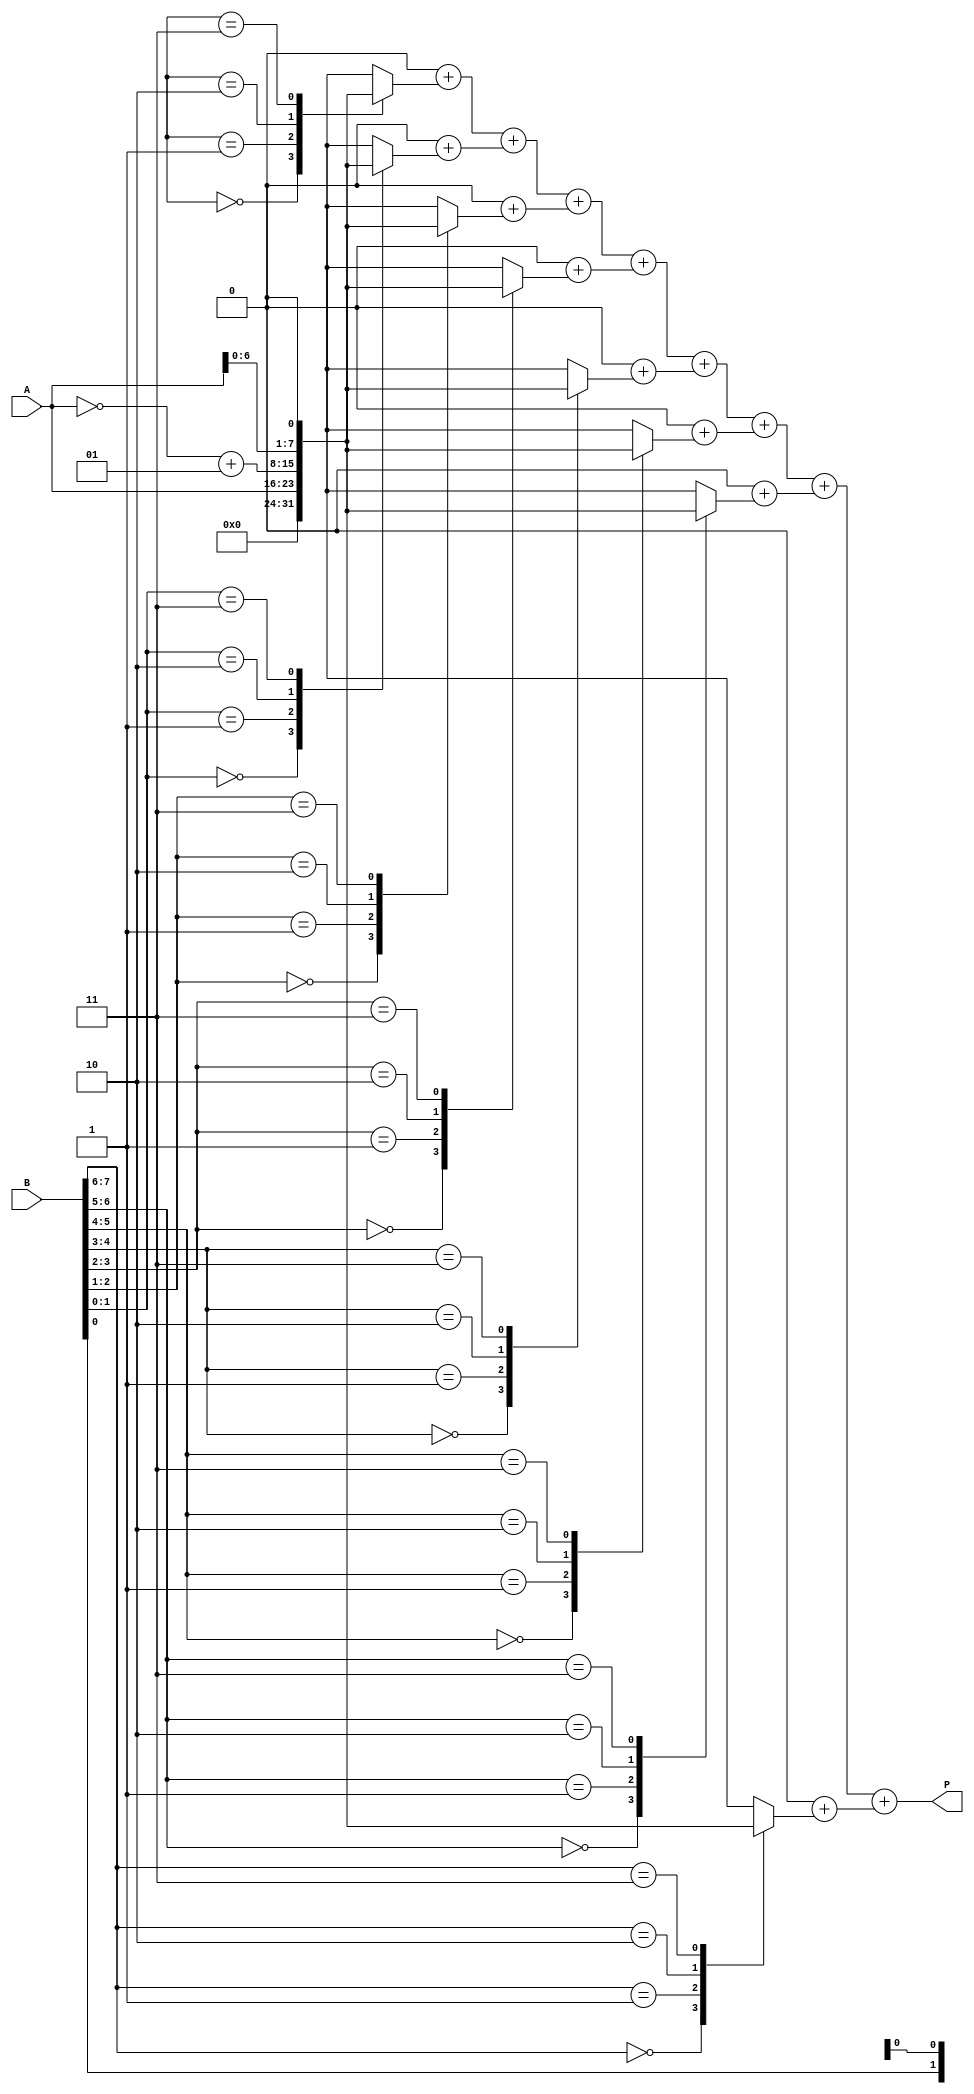
module booth_multiplier #(
    parameter WIDTH = 8 // Bit-width for inputs
)(
    input signed [WIDTH-1:0] A, // Multiplicand
    input signed [WIDTH-1:0] B, // Multiplier
    output signed [2*WIDTH-1:0] P // Product
);

    // Internal signals
    reg [WIDTH-1:0] partial_products [0:WIDTH]; // Array of partial products
    reg [WIDTH:0] pp_sum [0:WIDTH]; // Sum of partial products
    reg [WIDTH:0] pp_next; // Next partial product
    integer i;

    // Booth encoding and partial product generation
    always @(*) begin
        // Initialize partial products
        for (i = 0; i < WIDTH; i = i + 1) begin
            partial_products[i] = 0;
        end

        // Booth's algorithm
        for (i = 0; i < WIDTH; i = i + 1) begin
            case ({B[i], B[i-1]})
                2'b00: partial_products[i] = 0; // 0
                2'b01: partial_products[i] = A; // +A
                2'b10: partial_products[i] = ~A + 1; // -A
                2'b11: partial_products[i] = A << 1; // +2A
            endcase
        end
    end

    // Wallace Tree Reduction
    always @(*) begin
        // Initialize sums
        for (i = 0; i < WIDTH; i = i + 1) begin
            pp_sum[i] = 0;
        end

        // Sum the partial products
        for (i = 0; i < WIDTH; i = i + 1) begin
            pp_sum[i] = pp_sum[i] + partial_products[i];
        end
    end

    // Final addition using a simple adder (can be optimized)
    assign P = pp_sum[0] + pp_sum[1] + pp_sum[2] + pp_sum[3] + pp_sum[4] + pp_sum[5] + pp_sum[6] + pp_sum[7];

endmodule